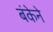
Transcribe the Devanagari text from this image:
बंकेने